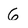
Character: 6